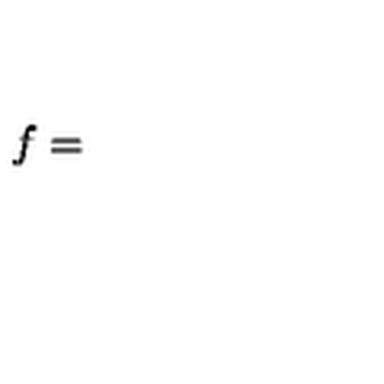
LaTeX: f =